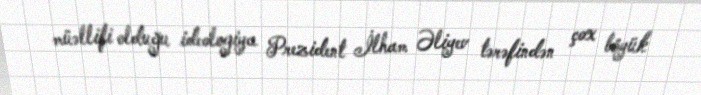
müəllifi olduğu ideologiya Prezident İlham Əliyev tərəfindən çox böyük